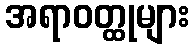
အရာဝတ္ထုများ